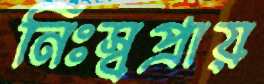
নিঃস্বপ্রায়